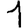
Digit: 1